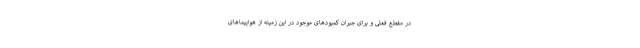
در مقطع فعلی و برای جبران کمبودهای موجود در این زمینه از هواپیماهای